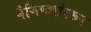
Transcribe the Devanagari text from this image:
वैशिष्ट्यांवरून